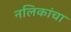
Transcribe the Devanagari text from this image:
नलिकांचा